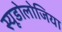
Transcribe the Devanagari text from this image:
स्यूडोलोजिया